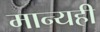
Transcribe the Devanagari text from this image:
मान्यही